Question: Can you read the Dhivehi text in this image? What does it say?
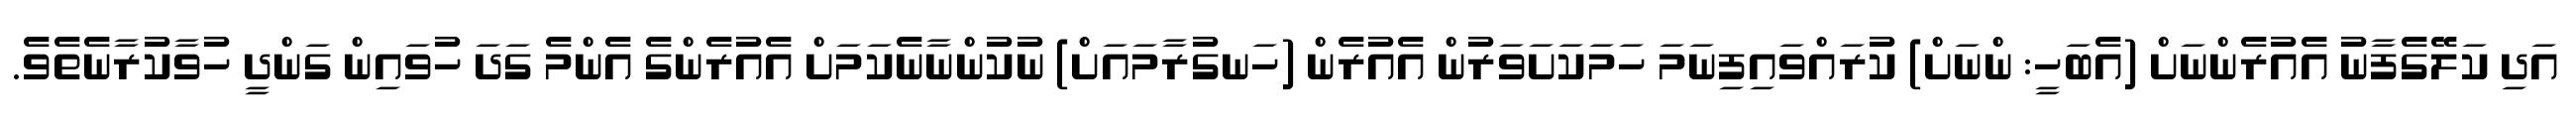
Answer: އަދި ކަލޭގެފާނު އެއުރެންނަށް (އެބަހީ: ންނަށް) ކުރައްވައިފިނަމަ ހަމަކަށަވަރުން އެއުރެން (ހަނގުރާމައަށް) ނުކުންނާނެކަމަށް އެއުރެންގެ އެންމެ ގަދަ ހުވައިން ގަންދީ ހުވާކުރާނެތެވެ.